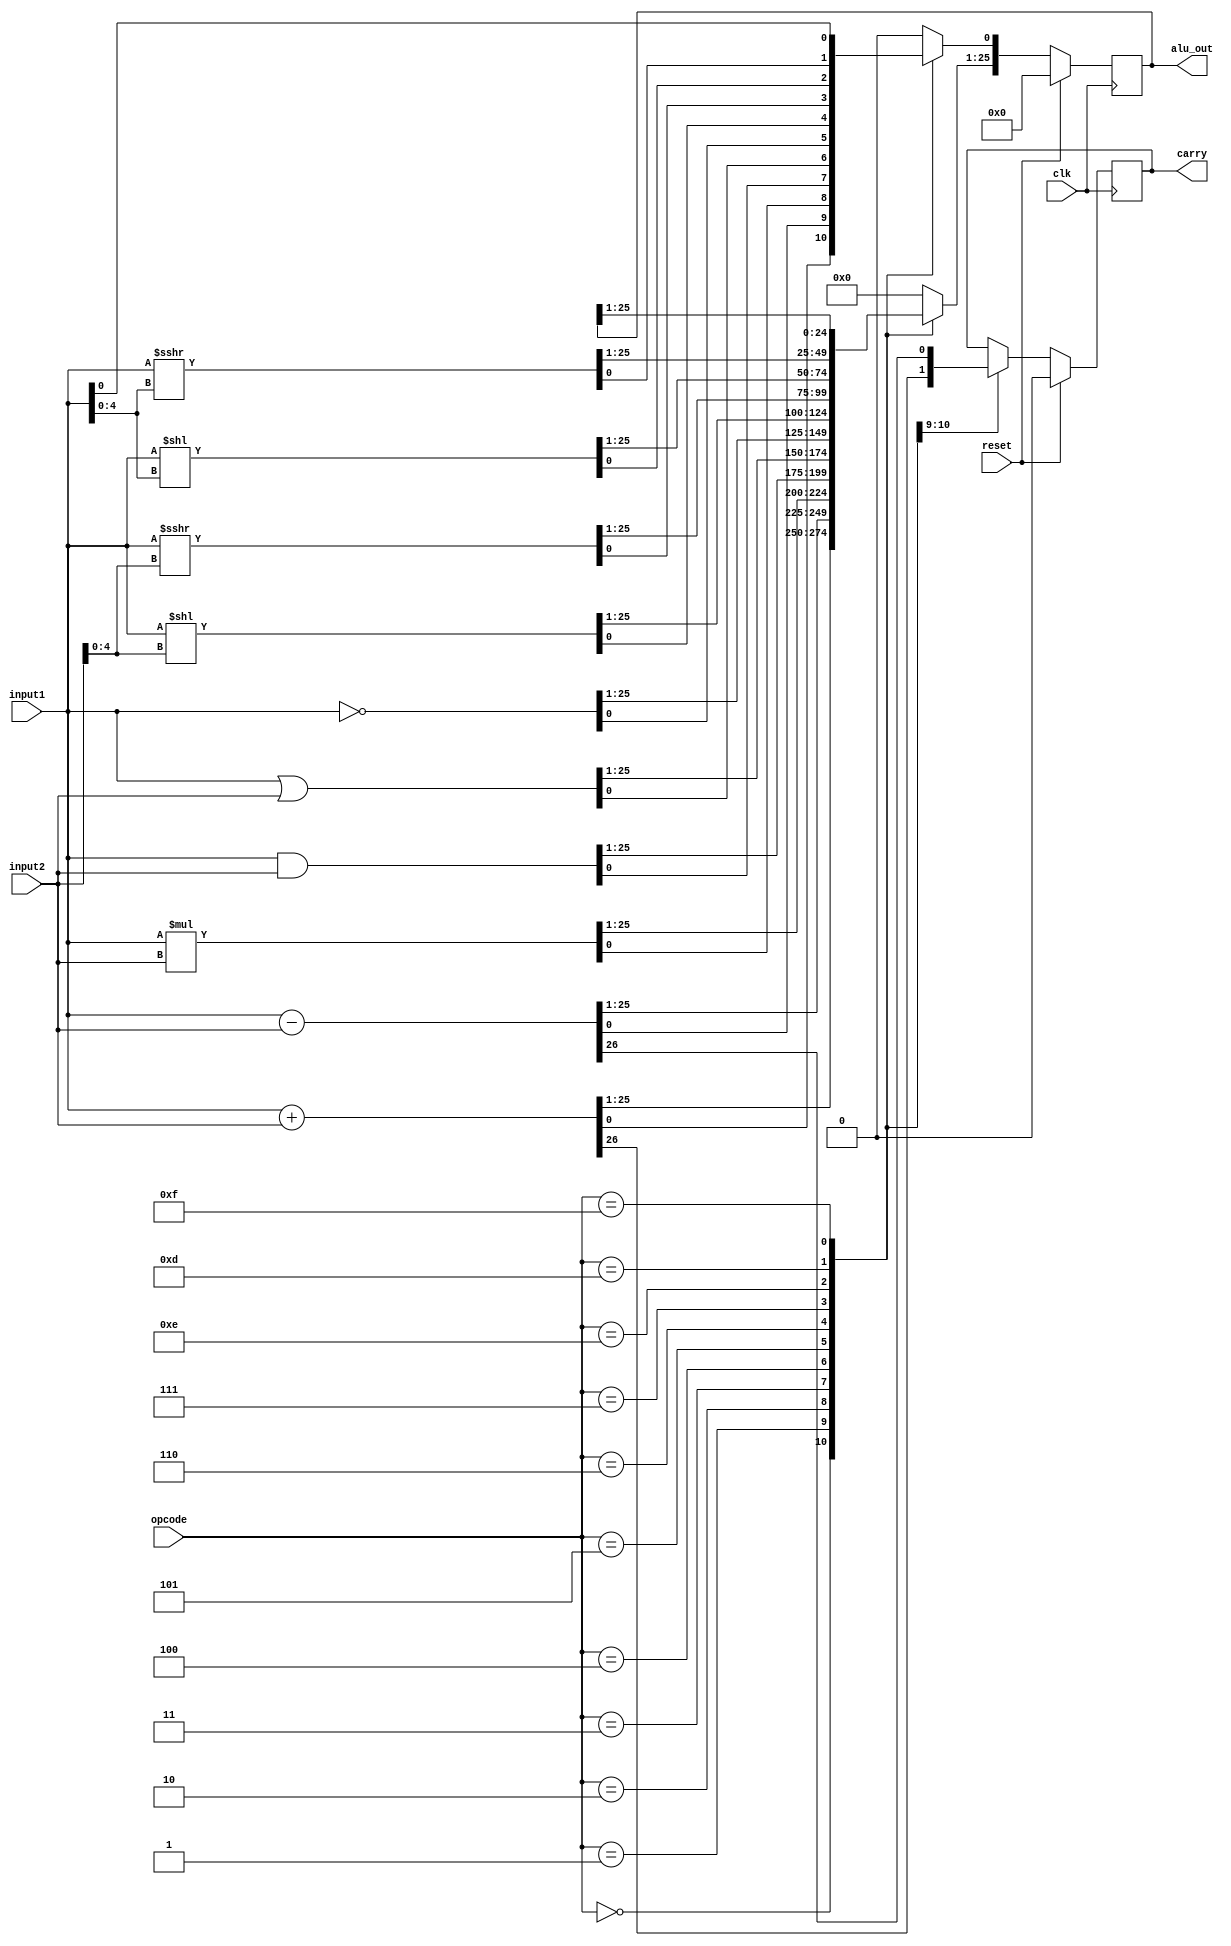
`timescale 1ns / 1ps
//////////////////////////////////////////////////////////////////////////////////
// Company: 
// Engineer: 
// 
// Design Name: 
// Module Name:    bigalu23bit 
// Project Name: 
// Target Devices: 
// Tool versions: 
// Description: 
//
// Dependencies: 
//
// Revision: 
// Revision 0.01 - File Created
// Additional Comments: 
//
//////////////////////////////////////////////////////////////////////////////////
module bigalu23bit(clk,reset, input1,input2,opcode,alu_out,carry);
	parameter width=26;
	output reg [width-1:0]alu_out;
	output reg carry;
	input [width-1:0]input1,input2;
	input [3:0]opcode;
	input clk,reset;
reg [4:0]lsb5;
always@(posedge clk)
begin
if (reset)
begin

alu_out=25'b0;
carry=1'b0;
end
else
begin
	case(opcode)
	  4'b0000:  {carry,alu_out} = input1 + input2;
	  4'b0001:  {carry,alu_out} = input1 - input2;
	  4'b0010:  alu_out = input1 * input2;
	  4'b0011:  alu_out = input1 & input2;
	  4'b0100:  alu_out = input1 | input2;
	  4'b0101:  alu_out = ~ input1;
	  4'b0110: begin
				   lsb5 = input2[4:0];
				   alu_out = input1 << lsb5;
				  end
	  4'b0111: begin
				   lsb5 = input2[4:0];
				   alu_out = input1 >>> lsb5;
				  end
	4'b1110: begin
				   lsb5 = input1[4:0];
				   alu_out = input1 << lsb5;
				  end
	  4'b1101: begin
				   lsb5 = input1[4:0];
				   alu_out = input1 >>> lsb5;
				  end
	  4'b1111:  alu_out[0] = input1[0];
	   default: alu_out=25'b0;
	  
	 endcase
end
end
endmodule